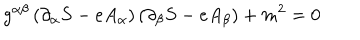
LaTeX: g ^ { \alpha \beta } \left( \partial _ { \alpha } S - e A _ { \alpha } \right) \left( \partial _ { \beta } S - e A _ { \beta } \right) + m ^ { 2 } = 0